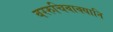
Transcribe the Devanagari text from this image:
वररुचिवाक्यानि